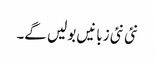
نئی نئی زبانیں بولیں گے۔